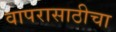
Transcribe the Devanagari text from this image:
वापरासाठीचा